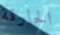
الحارقة